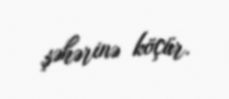
şəhərinə köçür.